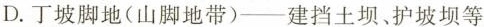
D.丁坡脚地(山脚地带)-建挡土坝、护坡坝等